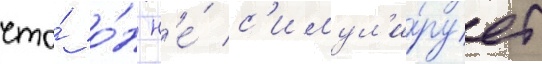
что́ о́н н'е́ с'имул'и́рует